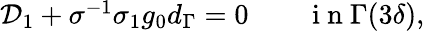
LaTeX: \begin{array}{r}{\mathcal{D}_{1}+\sigma^{-1}\sigma_{1}g_{0}d_{\Gamma}=0\qquad\mathrm{~i~n~}\Gamma(3\delta),}\end{array}